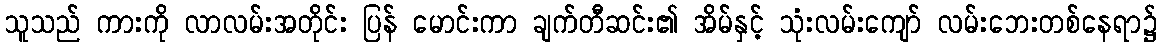
သူသည် ကားကို လာလမ်းအတိုင်း ပြန် မောင်းကာ ချက်တီဆင်း၏ အိမ်နှင့် သုံးလမ်းကျော် လမ်းဘေးတစ်နေရာ၌